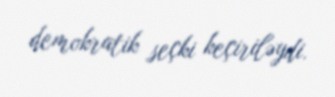
demokratik seçki keçiriləydi.